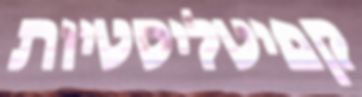
קפיטליסטיות